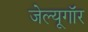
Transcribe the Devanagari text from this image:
जेल्यूगॉर